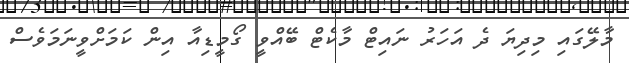
މާލޭގައި މިދިޔަ ދެ އަހަރު ނައިޓް މާކެޓް ބޭއްވީ ގޯމީޑިއާ އިން ކަމަށްވީނަމަވެސް